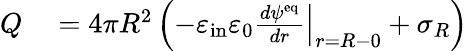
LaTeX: \begin{array}{rl}{Q}&{{}=4\pi R^{2}\left(-\varepsilon_{\mathrm{in}}\varepsilon_{0}\left.\frac{d\psi^{\mathrm{eq}}}{dr}\right|_{r=R-0}+\sigma_{R}\right)}\end{array}